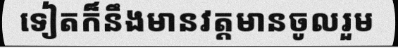
ទៀតក៏នឹងមានវត្តមានចូលរួម